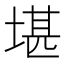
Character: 堪